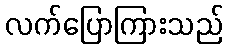
လက်ပြောကြားသည်